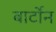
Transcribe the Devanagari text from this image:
बार्टोन